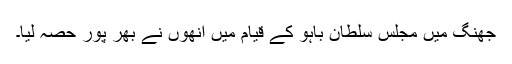
جھنگ میں مجلس سلطان باہو کے قیام میں انھوں نے بھر پور حصہ لیا۔